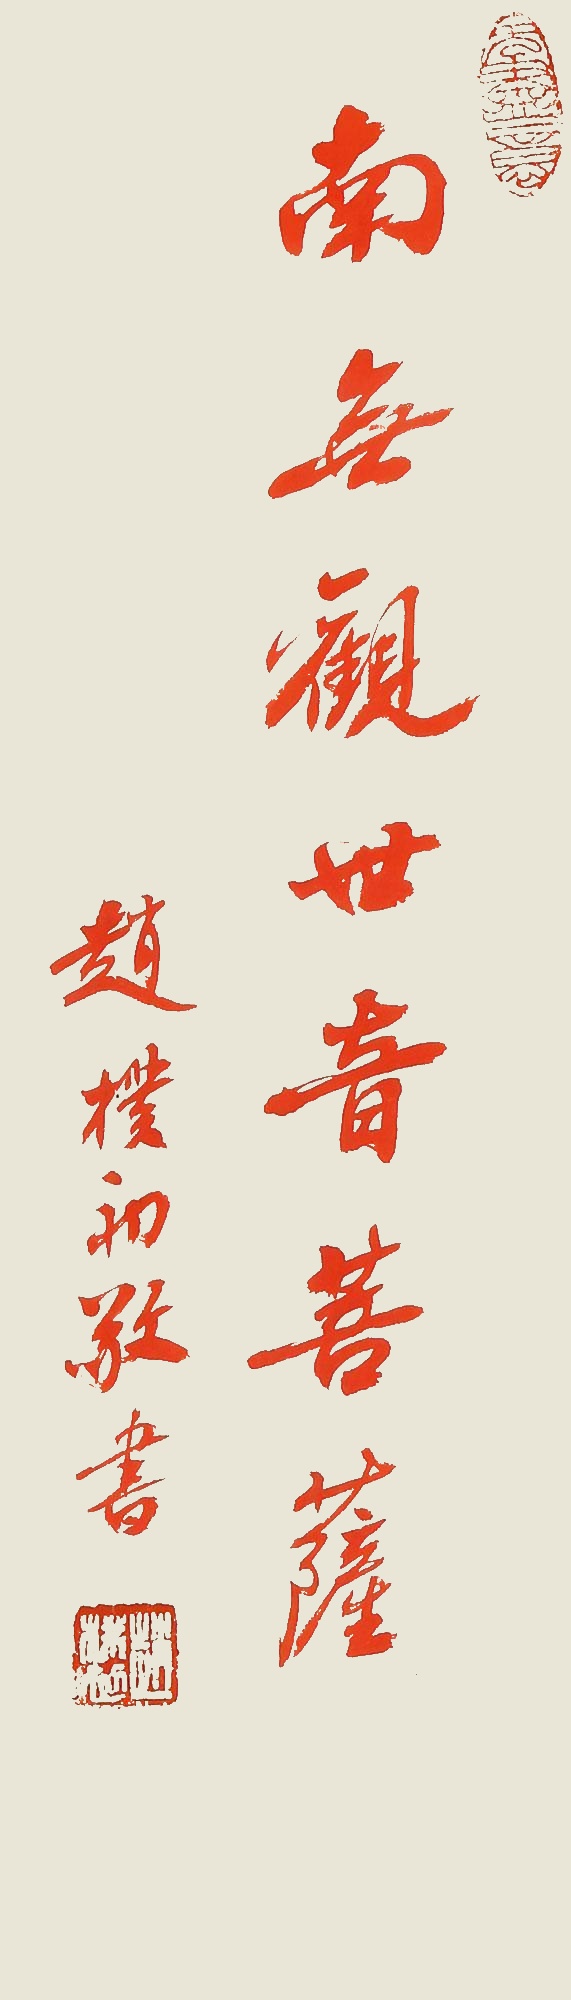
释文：南无观世音菩萨赵朴初敬书。